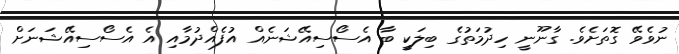
ނުވެވޭ ގޮތަށެވެ. ގާނޫނީ ހިދުމަތުގެ ބިލަކީ ބާ އެސޯސިއޭޝަނެއް އުފެއްދުމާއި އެ އެސޯސިއޭޝަނަށް